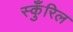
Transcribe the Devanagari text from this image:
स्कुँरिल